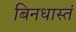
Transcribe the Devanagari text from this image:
बिनधास्तं